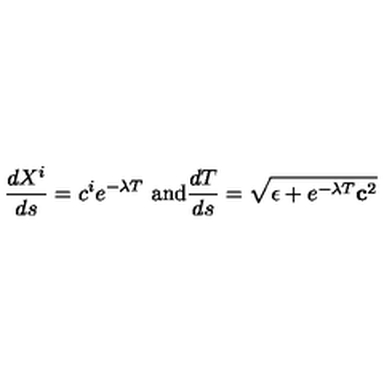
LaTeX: \frac { d X ^ { i } } { d s } = c ^ { i } e ^ { - \lambda T } \ \mathrm { a n d } \frac { d T } { d s } = \sqrt { \epsilon + e ^ { - \lambda T } { \bf c } ^ { 2 } }